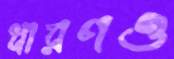
ধারণও